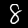
Digit: 8